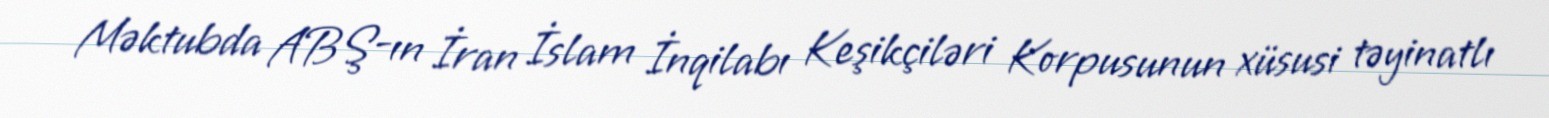
Məktubda ABŞ-ın İran İslam İnqilabı Keşikçiləri Korpusunun xüsusi təyinatlı